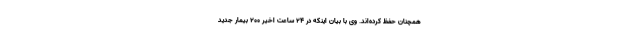
همچنان حفظ کرده‌اند. وی با بیان اینکه در ۲۴ ساعت اخیر ۲۰۰ بیمار جدید